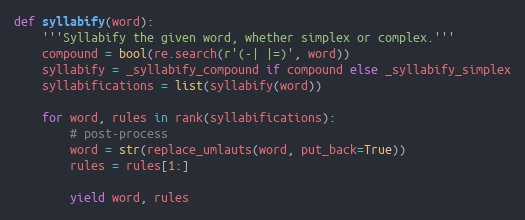
Language: Python
def syllabify(word):
    '''Syllabify the given word, whether simplex or complex.'''
    compound = bool(re.search(r'(-| |=)', word))
    syllabify = _syllabify_compound if compound else _syllabify_simplex
    syllabifications = list(syllabify(word))

    for word, rules in rank(syllabifications):
        # post-process
        word = str(replace_umlauts(word, put_back=True))
        rules = rules[1:]

        yield word, rules